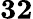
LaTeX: \mathbf{32}